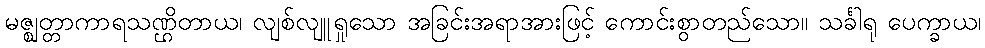
မဇ္ဈတ္တာကာရသဏ္ဌိတာယ၊ လျစ်လျူရှုသော အခြင်းအရာအားဖြင့် ကောင်းစွာတည်သော။ သင်္ခါရု ပေက္ခာယ၊